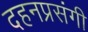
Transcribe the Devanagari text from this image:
दहनप्रसंगी